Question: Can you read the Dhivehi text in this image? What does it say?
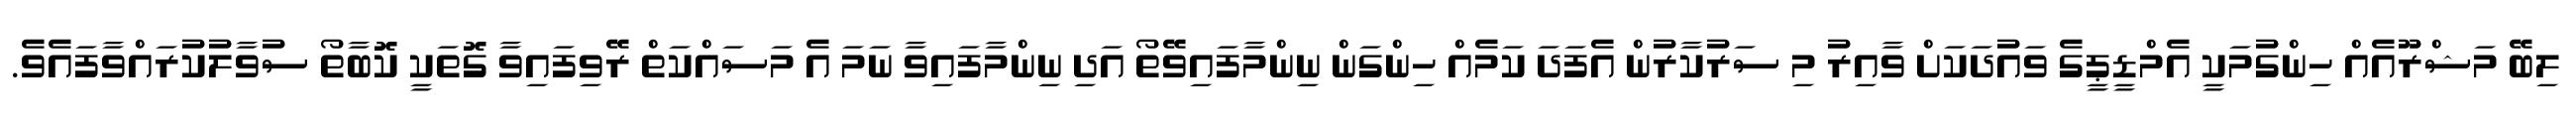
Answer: ލިބޭ މަޝްރޫއެއް ހިންގުމަކީ އެމްޑީޕީގެ ވައުދަކަށް ވާއިރު މި ސަރުކާރުން އެފަދަ ކަމެއް ހިންގަން ނިންމާފައިވޭތޯ އަދި ނިންމާފައިވާ ނަމަ އެ މަސައްކަތް ރޭވިފައިވާ ގޮތަކީ ކޮބާތޯ ސުވާލުކުރައްވާފައެވެ.